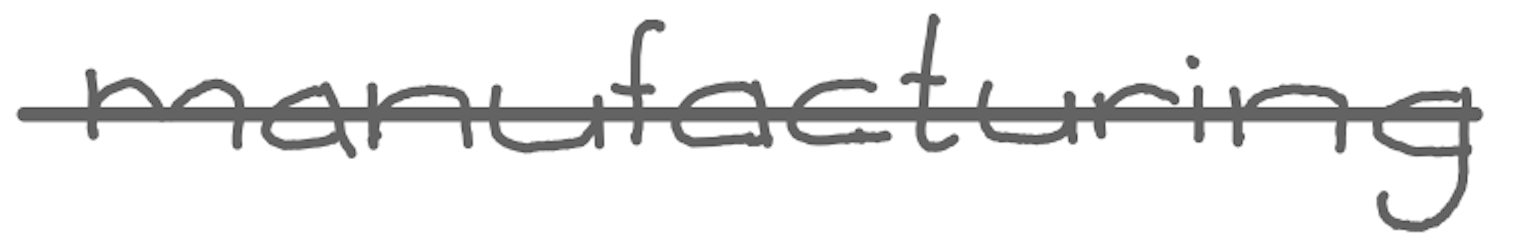
Text: manufacturing
Cross-out: single-line
Writing tool: digital_gray